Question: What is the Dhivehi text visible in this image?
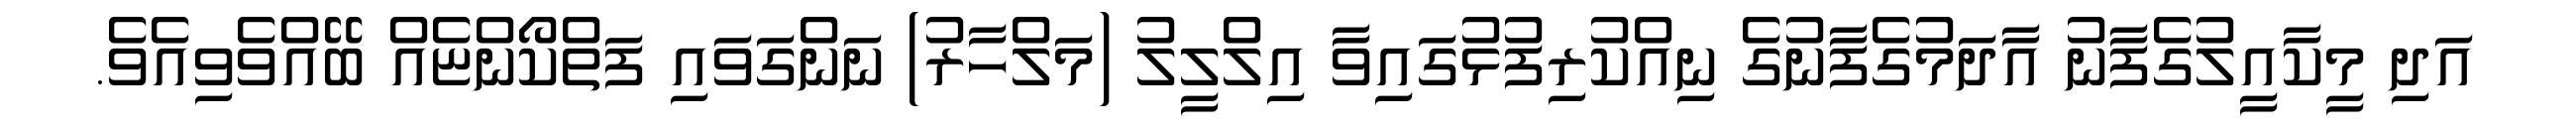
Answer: އަދި މީކާއީލުގެފާނު އާދަމުގެފާނުގެ ނިއްކުރިފުޅުގައިވާ އިލްލީލު (މަލްހާރު) ނަންގަވައި ފަތްކޯންޏެއް ބޭއްވެވިއެވެ.